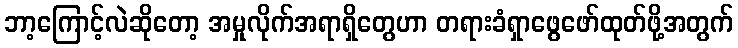
ဘာ့ကြောင့်လဲဆိုတော့ အမှုလိုက်အရာရှိတွေဟာ တရားခံရှာဖွေဖော်ထုတ်ဖို့အတွက်